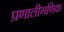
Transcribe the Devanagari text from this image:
प्रणालीगणिक